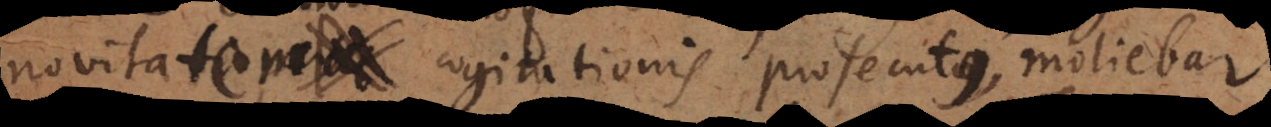
novitate cogitationis prosecutque, moliebar